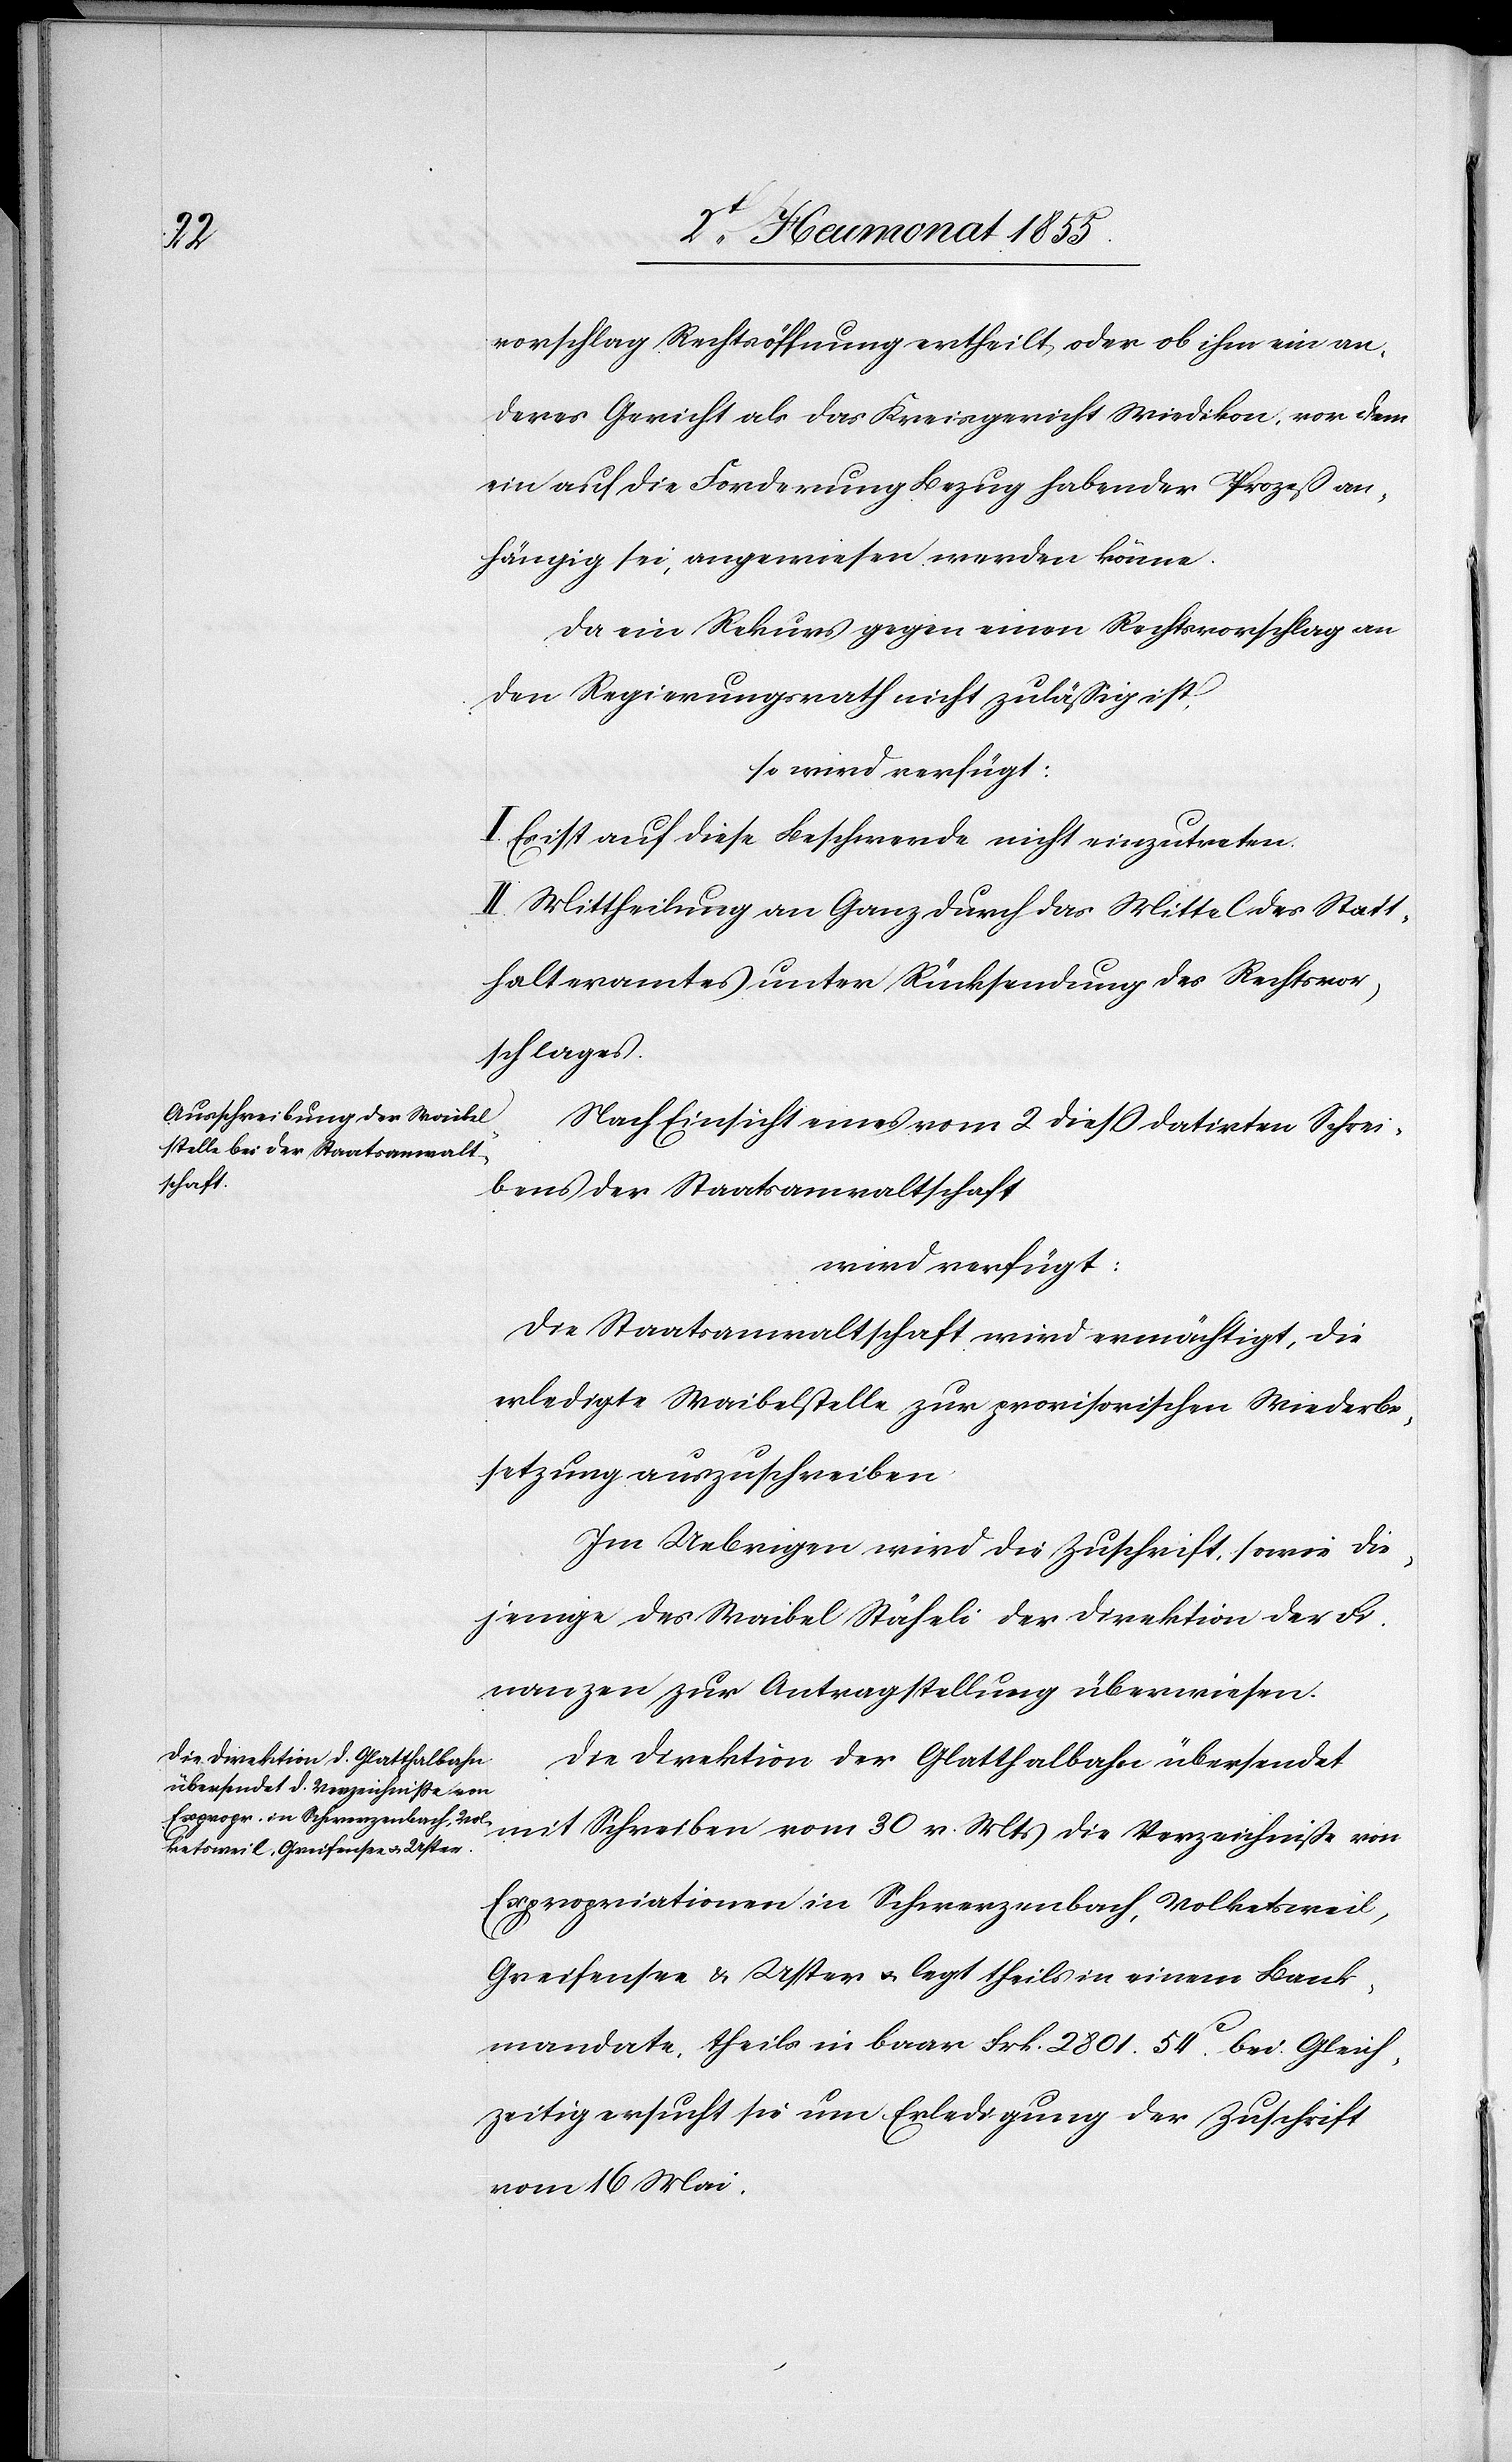
vorschlag Rechtsöffnung ertheilt, oder ob ihm ein an¬
deres Gericht als das Kreisgericht Wiedikon, vor dem
ein auf die Forderung Bezug habender Prozeß an¬
hängig sei, angewiesen werden könne.
Da ein Rekurs gegen einen Rechtsvorschlag an
den Regierungsrath nicht zulässig ist,
so wird verfügt:
I. Es ist auf diese Beschwerde nicht einzutreten.
II. Mittheilung an Ganz durch das Mittel des Statt¬
halteramtes unter Rücksendung des Rechtsvor¬
schlages.
Nach Einsicht eines vom 2 diess datirten Schrei¬
bens der Staatsanwaltschaft
wird verfügt:
Die Staatsanwaltschaft wird ermächtigt, die
erledigte Waibelstelle zur provisorischen Wiederbe¬
setzung auszuschreiben
Im Uebrigen wird die Zuschrift, sowie die¬
jenige des Waibel Stäheli der Direktion der Fi¬
nanzen zur Antragstellung überwiesen.
Die Direktion der Glatthalbahn übersendet
mit Schreiben vom 30 v. Mts die Verzeichniße von
Expropriationen in Schwerzenbach, Volketsweil,
Greifensee & Uster & legt theils in einem Bank¬
mandate, theils in baar Frk. 2801. 54C. bei. Gleich¬
zeitig ersucht sie um Erledigung der Zuschrift
vom 16 Mai.